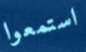
استمعوا